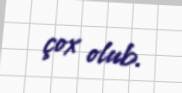
çox olub.